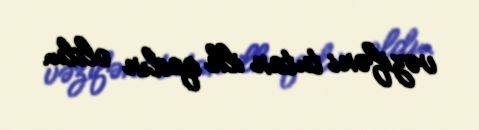
vəzifəni tutan ilk qadın oldu.